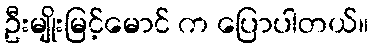
ဦးမျိုးမြင့်မောင် က ပြောပါတယ်။